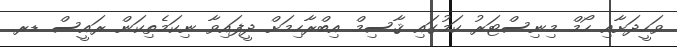
ވަހީދަށާއި ހޯމް މިނިސްޓަރު ކަމުގައި ޤާސިމް އިބްރާހިމަށް ދީފައިވާ ނިކަމެތިކަން ރައީސް ޑރ.